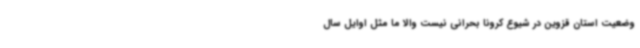
وضعیت استان قزوین در شیوع کرونا بحرانی نیست والا ما مثل اوایل سال